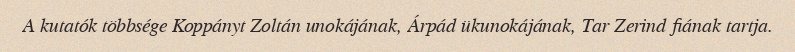
A kutatók többsége Koppányt Zoltán unokájának, Árpád ükunokájának, Tar Zerind fiának tartja.